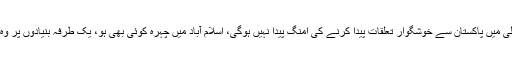
ویسے بھی جب تک نئی دہلی میں پاکستان سے خوشگوار تعلقات پیدا کرنے کی امنگ پیدا نہیں ہوگی، اسلام آباد میں چہرہ کوئی بھی ہو، یک طرفہ بنیادوں پر وہ کچھ بھی نہیں کر پائے گا۔